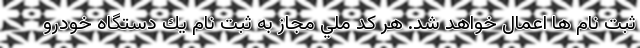
ثبت نام ها اعمال خواهد شد. هر كد ملي مجاز به ثبت نام يك دستگاه خودرو